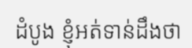
ដំបូង ខ្ញុំអត់ទាន់ដឹងថា